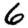
Digit: 6